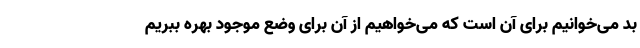
بد می‌خوانیم برای آن است که می‌خواهیم از آن برای وضع موجود بهره ببریم